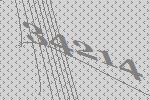
34214